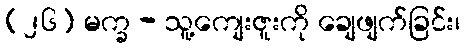
(၂၆) မက္ခ - သူ့ကျေးဇူးကို ချေဖျက်ခြင်း၊